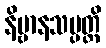
နိဗ္ဗာနသမ္ပတ္တိ